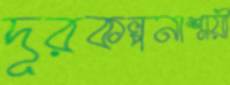
দূরকল্পনাশ্রয়ী